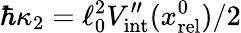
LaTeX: \hbar\kappa_{2}=\ell_{0}^{2}V_{\mathrm{int}}^{\prime\prime}(x_{\mathrm{rel}}^{0})/2